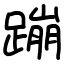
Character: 蹦